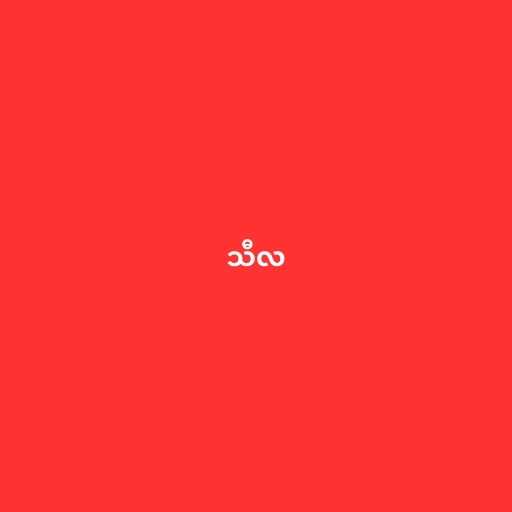
သီလ